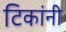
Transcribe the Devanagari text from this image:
टिकांनी